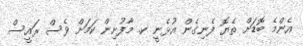
އެންމެ ބޮޑަށް ތެޔޮ ފެނިގެން އުޅެނީ ކ. މާފުށިން ކަމަށް ވެސް ރައީސް